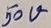
Text: 50V